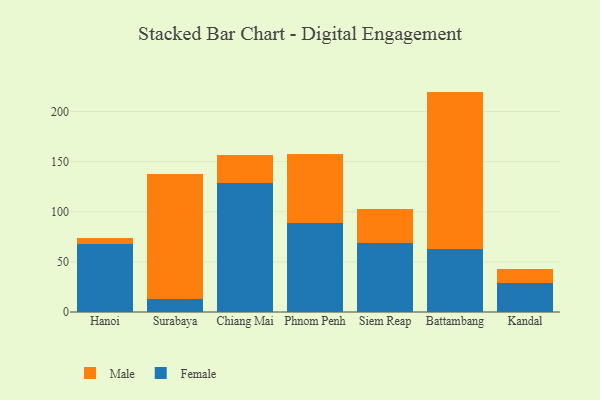
{"axis": {"x": "City", "y": "Production Output"}, "legend": ["Female", "Male"], "data": [{"x": "Hanoi", "y": 67.6, "type": "Female"}, {"x": "Hanoi", "y": 5.9, "type": "Male"}, {"x": "Surabaya", "y": 12.6, "type": "Female"}, {"x": "Surabaya", "y": 125.0, "type": "Male"}, {"x": "Chiang Mai", "y": 128.7, "type": "Female"}, {"x": "Chiang Mai", "y": 27.8, "type": "Male"}, {"x": "Phnom Penh", "y": 88.4, "type": "Female"}, {"x": "Phnom Penh", "y": 69.5, "type": "Male"}, {"x": "Siem Reap", "y": 69.3, "type": "Female"}, {"x": "Siem Reap", "y": 33.5, "type": "Male"}, {"x": "Battambang", "y": 62.9, "type": "Female"}, {"x": "Battambang", "y": 157.0, "type": "Male"}, {"x": "Kandal", "y": 28.8, "type": "Female"}, {"x": "Kandal", "y": 14.3, "type": "Male"}]}